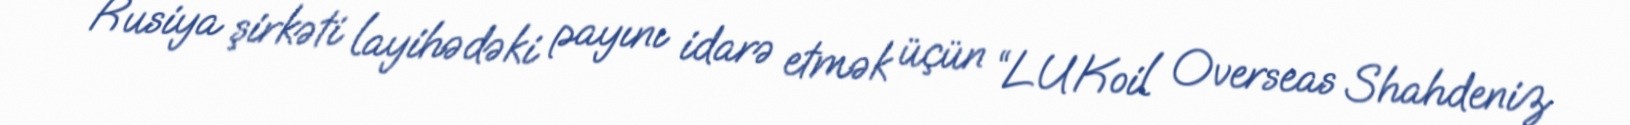
Rusiya şirkəti layihədəki payını idarə etmək üçün “LUKoil Overseas Shahdeniz